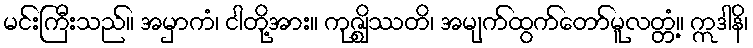
မင်းကြီးသည်။ အမှာကံ၊ ငါတို့အား။ ကုဇ္ဈိဿတိ၊ အမျက်ထွက်တော်မူလတ္တံ့။ ဣဒါနိ၊